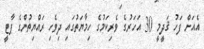
އެއަށް ފަހު ޤަދީމީ 30 އަހަރުގެ ވެރިކަމުގެ ހިމާޔަތުގައި ދިވެހި ރައްޔިތުންގެ ޕާޓީ